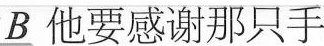
B 他要感谢那只手